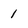
Character: 1